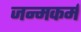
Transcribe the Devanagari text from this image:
जन्मकर्म